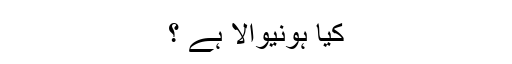
کیا ہونیوالا ہے ؟